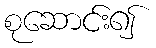
စုဆောင်း၍